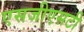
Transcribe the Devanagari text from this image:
एसजीएसटी